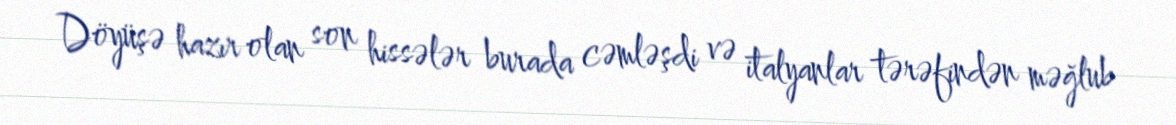
Döyüşə hazır olan son hissələr burada cəmləşdi və italyanlar tərəfindən məğlub